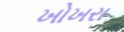
ખોખરા